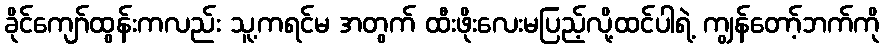
ခိုင်ကျော်ထွန်းကလည်း သူ့ကရင်မ အတွက် ထီးဖိုးလေးမပြည့်လို့ထင်ပါရဲ့ ကျွန်တော့်ဘက်ကို